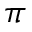
\pi